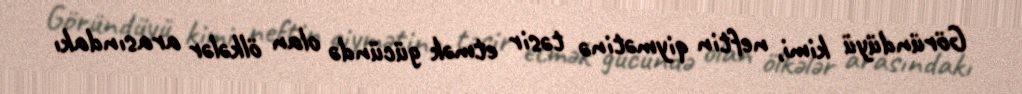
Göründüyü kimi, neftin qiymətinə təsir etmək gücündə olan ölkələr arasındakı